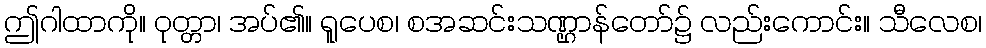
ဤဂါထာကို။ ဝုတ္တာ၊ အပ်၏။ ရူပေစ၊ စအဆင်းသဏ္ဌာန်တော်၌ လည်းကောင်း။ သီလေစ၊